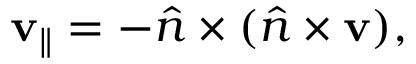
\mathbf { v } _ { \parallel } = - { \hat { n } } \times ( { \hat { n } } \times \mathbf { v } ) ,